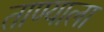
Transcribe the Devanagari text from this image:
ताण्याला